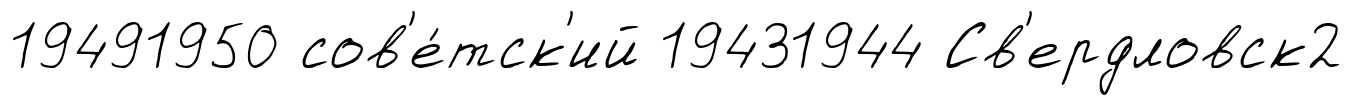
19491950 сов'е́тск'ий 19431944 Св'ердловск2